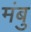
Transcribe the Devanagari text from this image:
मंबु